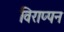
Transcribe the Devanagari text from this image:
विराप्पन